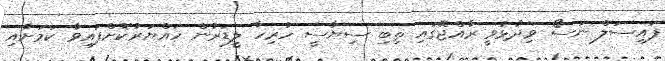
ފައިސަލް ނަސޯް ވިދާޅުވީ ރާއްޖޭގައި ތިބި ސިޔާސީ ހުރިހާ ލީޑަރުން ހައްޔަރުކޮށްފައިވާ ކަމަށާއި